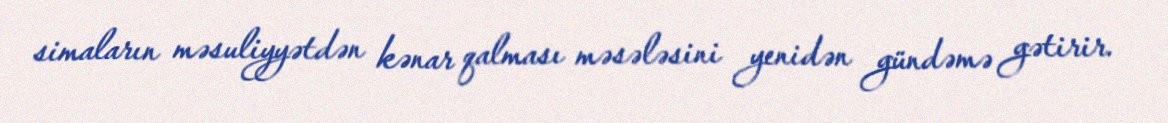
simaların məsuliyyətdən kənar qalması məsələsini yenidən gündəmə gətirir.